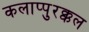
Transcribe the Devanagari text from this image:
कलाप्पुरक्कल